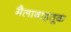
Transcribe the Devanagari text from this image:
मैलावाहतूक